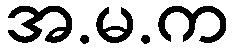
အ.မ.က